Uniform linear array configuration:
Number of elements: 8
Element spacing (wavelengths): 1
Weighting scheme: exponential
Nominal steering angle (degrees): -15
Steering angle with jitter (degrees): -16.591
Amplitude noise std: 0.05
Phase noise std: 0.05

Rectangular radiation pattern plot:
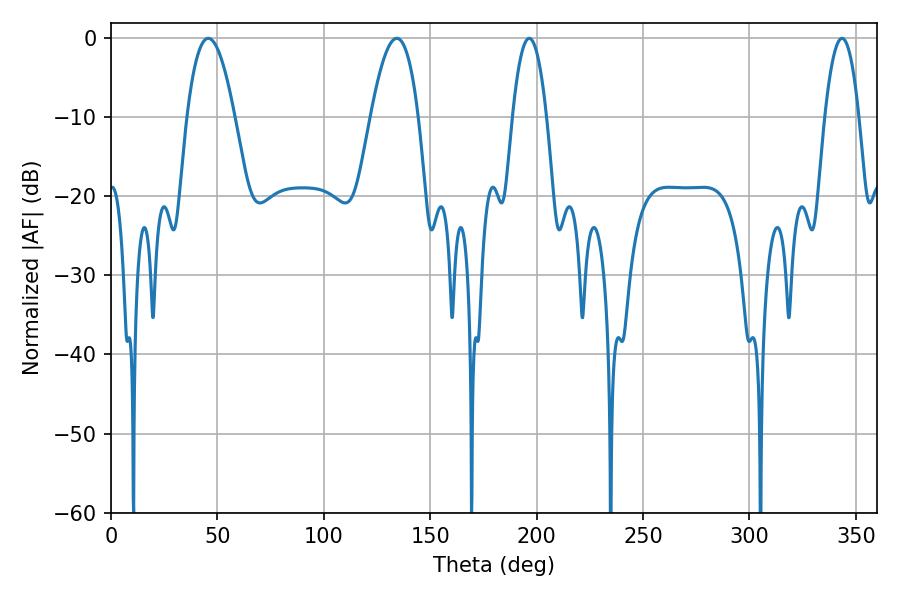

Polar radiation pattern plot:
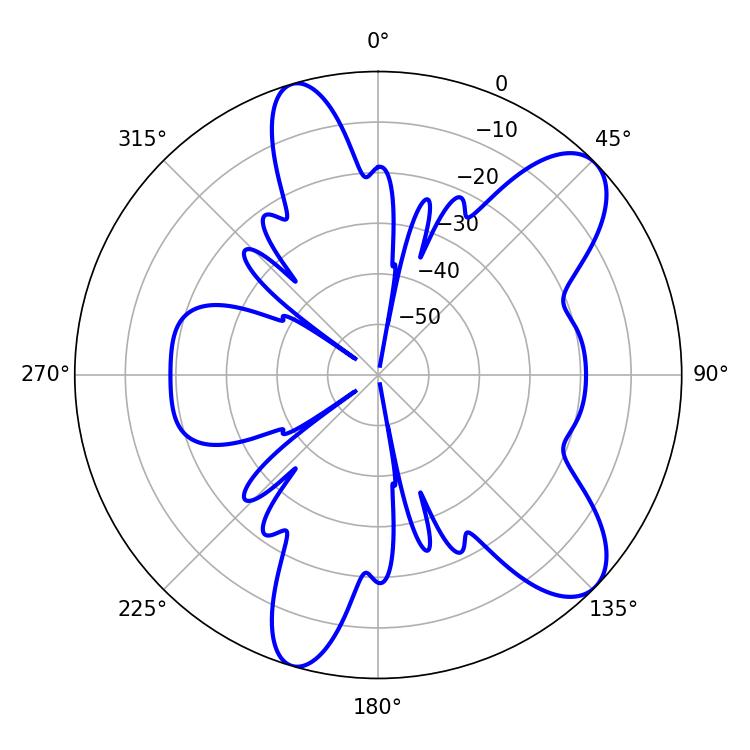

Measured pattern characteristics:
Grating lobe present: TRUE
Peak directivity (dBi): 9.214
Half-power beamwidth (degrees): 12.24
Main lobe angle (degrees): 45.72